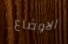
الاوضاع